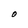
Character: O